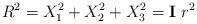
LaTeX: \begin{align*}R^2=X_1^2 + X_2^2 + X_3^2 = \mathbf{I} ~ r^2\end{align*}